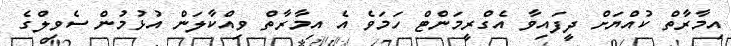
އިމާރާތް ކުއްޔަށް ދީފައިވާ އެގްރީމަންޓް ހަމަވެ އެ އިމާރާތް ވިއްކާލަން އުޅުމުން ސެވިލްގެ